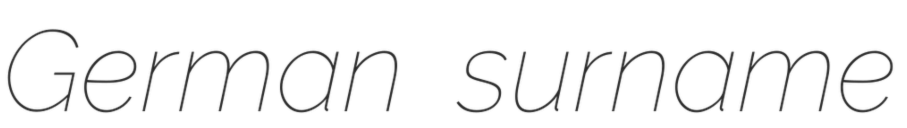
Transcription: German surname